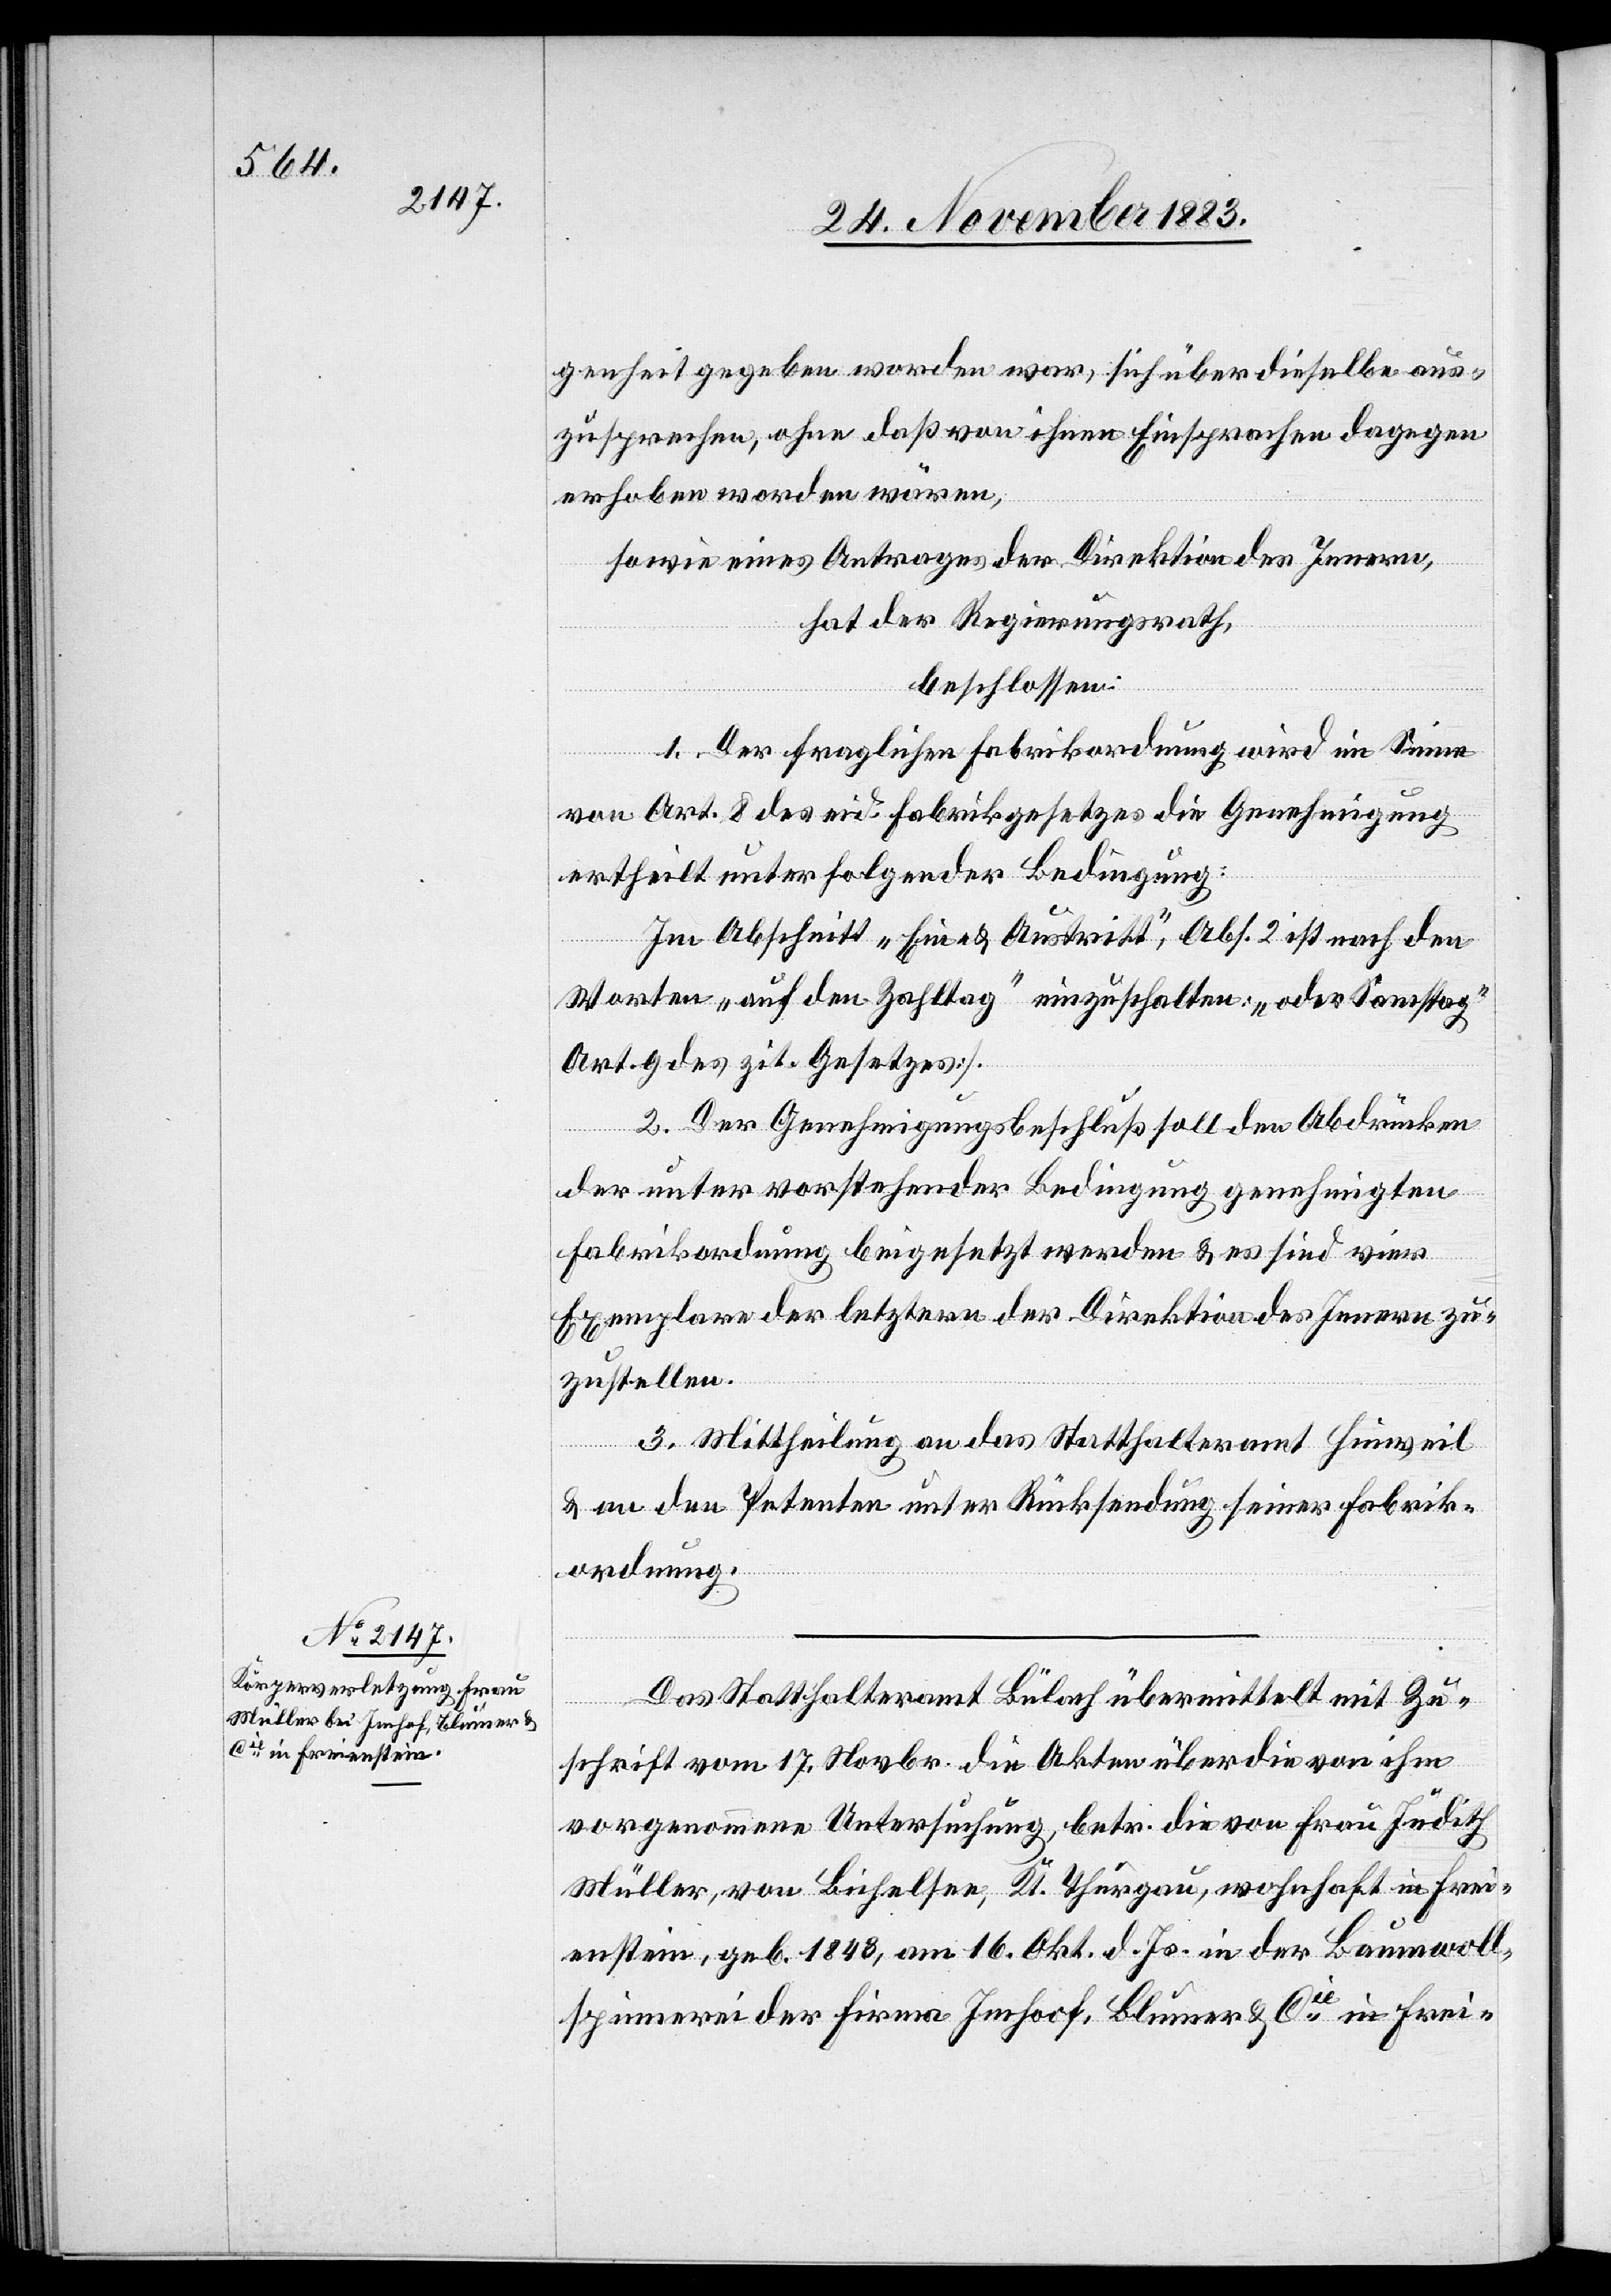
genheit gegeben worden war, sich über dieselbe aus¬
zusprechen, ohne daß von ihnen Einsprachen dagegen
erhoben worden wären,
sowie eines Antrages der Direktion des Innern,
hat der Regierungsrath,
beschlossen
1. Der fraglichen Fabrikordnung wird im Sinne
von Art. 8 des eid. Fabrikgesetzes die Genehmigung
ertheilt unter folgender Bedingung:
Im Abschnitt „Ein- & Austritt“, Abs. 2 ist nach den
Worten „auf den Zahltag“ einzuschalten: „oder Samstag“
Art. 9 des zit. Gesetzes.
2. Der Genehmigungsbeschluß soll den Abdrücken
der unter vorstehender Bedingung genehmigten
Fabrikordnung beigesetzt werden & es sind vier
Exemplare der letztern der Direktion des Innern zu¬
zustellen.
3. Mittheilung an das Statthalteramt Hinweil
& an den Petenten unter Rücksendung seiner Fabrik¬
ordnung.
Das Statthalteramt Bülach übermittelt mit Zu¬
schrift vom 17. Novbr. die Akten über die von ihm
vorgenommene Untersuchung, betr. die von Frau Judith
Müller, von Bichelsee, Kt. Thurgau, wohnhaft in Frei¬
enstein, geb. 1843, am 16. Okt. d. Js. in der Baumwoll¬
spinnerei der Firma Imhof, Blumer & Cie in Frei-